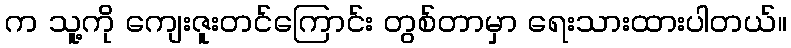
က သူ့ကို ကျေးဇူးတင်ကြောင်း တွစ်တာမှာ ရေးသားထားပါတယ်။